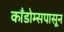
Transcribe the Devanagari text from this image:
काँडोम्सपासून